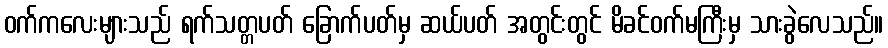
ဝက်ကလေးများသည် ရက်သတ္တပတ် ခြောက်ပတ်မှ ဆယ်ပတ် အတွင်းတွင် မိခင်ဝက်မကြီးမှ သားခွဲလေသည်။